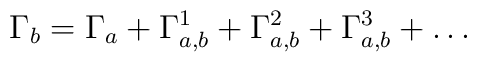
\Gamma_b = \Gamma_a + \Gamma^1_{a,b} + \Gamma^2_{a,b} + \Gamma^3_{a,b}+ \dots